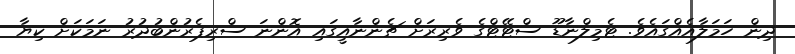
ދިން ހަމަލާއެއްގައެވެ. ޓެމިލްނާޑޫ ސްޓޭޓްގެ ވެރިރަށް ޗެންނާއީގައި އޮންނަ ސްރިޕެރުންބުދުރު ނަމަކަށް ކިޔާ